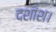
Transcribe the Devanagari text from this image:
दशांश।